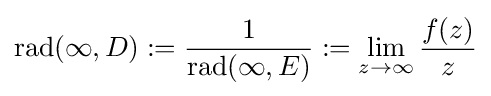
\operatorname {rad} (\infty ,D):={\frac {1}{\operatorname {rad} (\infty ,E)}}:=\lim _{z\to \infty }{\frac {f(z)}{z}}